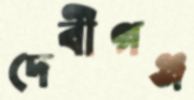
দেবীগঞ্জ